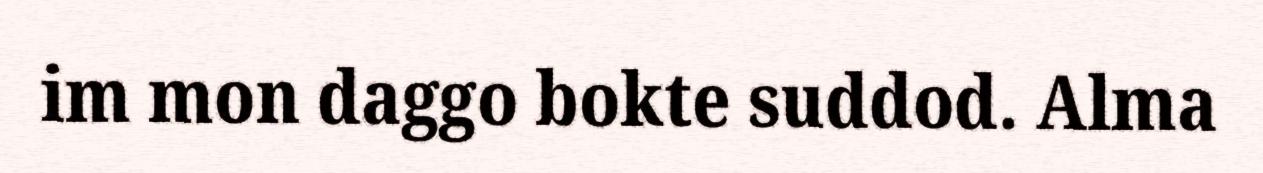
im mon daggo bokte suddod. Alma